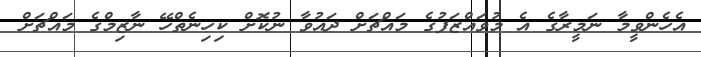
އެހެންވީމާ ނަމީރާގެ އެ މުވައްޒަފުގެ މައްޗަށް ދައުވާ ނުކޮށް ކިހިނެތްހޭ ނާޒިމްގެ މައްޗަށް